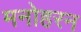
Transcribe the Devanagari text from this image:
मनोहरन